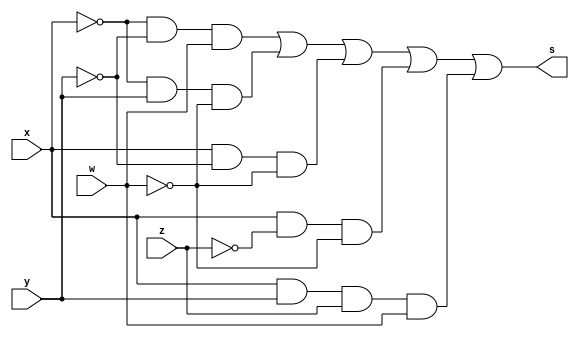
//
// Exemplo0034 - F4 
// Nome: Pedro Henrique Hardeman Guedes
//
//
//
// f4_gate 
//
module f4 (output s, input x, input y, input z, input w); 
 
	assign s = (~x & ~y & w) | (~x & y & ~w) | (x & ~y & ~w) | (x & ~z & ~w) | (x & y & z & w);
	
endmodule // f4 

module test_f4; 
	// definir dados 
	
	reg x; 
	reg y;
	reg z;
	reg w;
	
	wire s; 
	
	f4 modulo1 (s, x, y, z, w); 
	
	// parte principal 
	initial begin 
	
		$display("Exemplo0034 -Pedro Henrique Hardeman Guedes - 397260"); 
		$display("Test LU's module"); 
		x = 1; y = 0; z = 0; w = 0;
	
		
	// projetar testes do modulo 
	$display("X  Y  Z W S");
	$monitor("%b  %b  %b  %b  %b",x, y, z, w, s);
	#1 x = 0; y = 1; z = 1; w = 0;
	#1 x = 1; y = 0; z = 0; w = 1;
	#1 x = 0; y = 1; z = 1; w = 1;
	
	end 
endmodule // test_f4